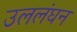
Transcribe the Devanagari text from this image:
उललंघन